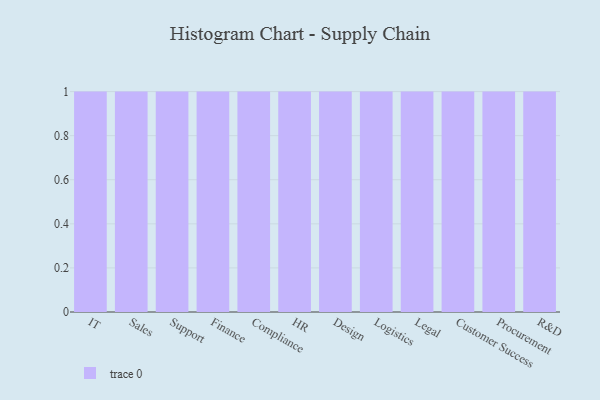
{"axis": {"x": "Department", "y": "Humidity (%)"}, "legend": [""], "data": [{"x": "IT", "y": 36, "type": ""}, {"x": "Sales", "y": 43, "type": ""}, {"x": "Support", "y": 40, "type": ""}, {"x": "Finance", "y": 98, "type": ""}, {"x": "Compliance", "y": 51, "type": ""}, {"x": "HR", "y": 18, "type": ""}, {"x": "Design", "y": 48, "type": ""}, {"x": "Logistics", "y": 72, "type": ""}, {"x": "Legal", "y": 56, "type": ""}, {"x": "Customer Success", "y": 49, "type": ""}, {"x": "Procurement", "y": 27, "type": ""}, {"x": "R&D", "y": 96, "type": ""}]}